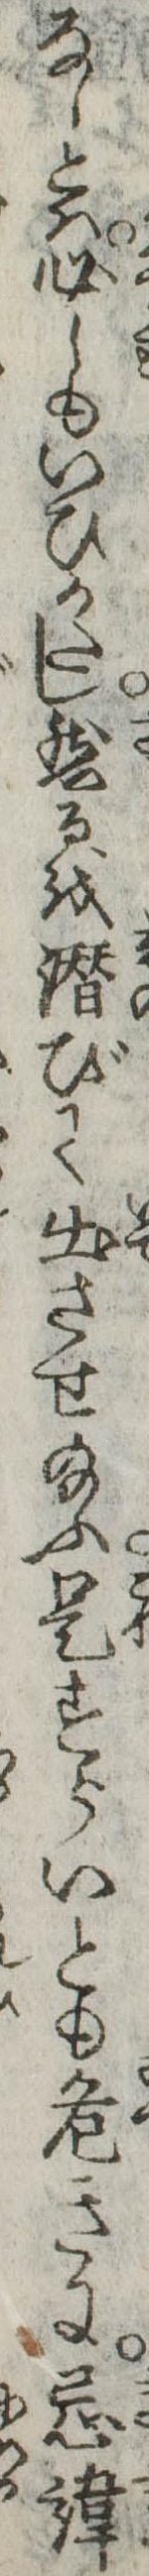
なしとは必しもいひかたし然るを潜びて出させ給ふ是すらいとも危きに忌諱